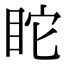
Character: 𥄻